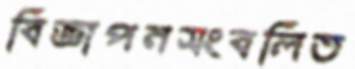
বিজ্ঞাপনসংবলিত